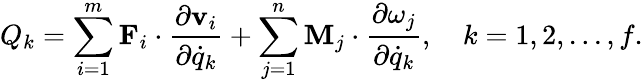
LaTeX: Q_{k}=\sum_{i=1}^{m}\mathbf{F}_{i}\cdot{\frac{\partial\mathbf{v}_{i}}{\partial{\dot{q}}_{k}}}+\sum_{j=1}^{n}\mathbf{M}_{j}\cdot{\frac{\partial\mathbf{\omega}_{j}}{\partial{\dot{q}}_{k}}},\quad k=1,2,...,f.